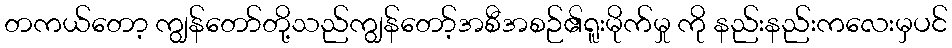
တကယ်တော့ ကျွန်တော်တို့သည်ကျွန်တော့်အစီအစဉ်၏ရူးမိုက်မှု ကို နည်းနည်းကလေးမှပင်